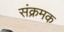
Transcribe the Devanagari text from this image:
संक्रमक